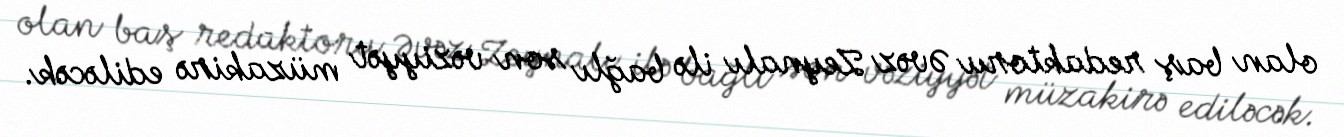
olan baş redaktoru Əvəz Zeynalı ilə bağlı son vəziyyət müzakirə ediləcək.